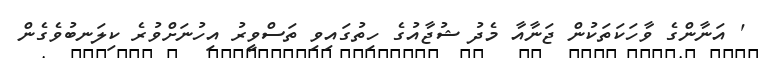
' އަނާންގެ ވާހަކަތަކުން ޖަނާއާ މެދު ޝުޖާއުގެ ހިތުގައިވި ތަސްވީރު އިހުނަށްވުރެ ކިލަނބުވެގެން